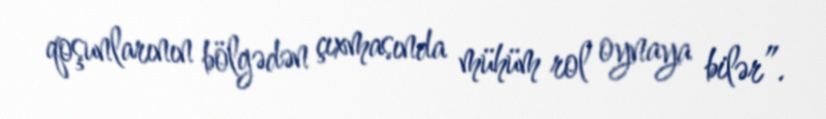
qoşunlarının bölgədən çıxmasında mühüm rol oynaya bilər”.